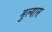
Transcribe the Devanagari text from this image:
मुल्यास